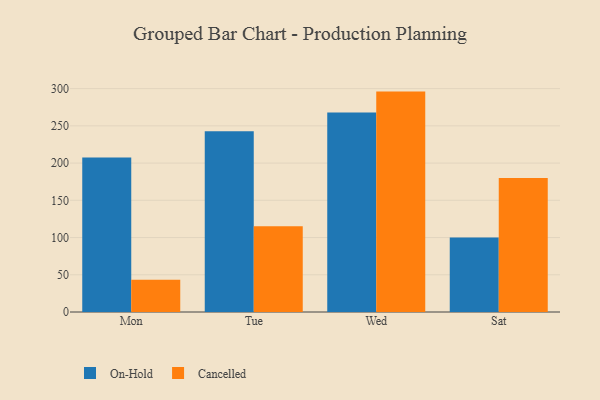
{"axis": {"x": "Day", "y": "Satisfaction Score"}, "legend": ["Cancelled", "On-Hold"], "data": [{"x": "Mon", "y": 207.4, "type": "On-Hold"}, {"x": "Mon", "y": 43.2, "type": "Cancelled"}, {"x": "Tue", "y": 242.9, "type": "On-Hold"}, {"x": "Tue", "y": 115.0, "type": "Cancelled"}, {"x": "Wed", "y": 267.8, "type": "On-Hold"}, {"x": "Wed", "y": 296.0, "type": "Cancelled"}, {"x": "Sat", "y": 100.1, "type": "On-Hold"}, {"x": "Sat", "y": 180.0, "type": "Cancelled"}]}